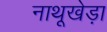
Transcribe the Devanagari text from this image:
नाथूखेड़ा